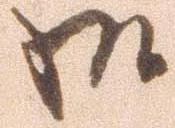
御